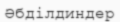
Әбділдиндер